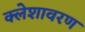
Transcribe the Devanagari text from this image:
क्लेशावरण